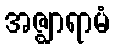
အဇ္ဈာရာမံ